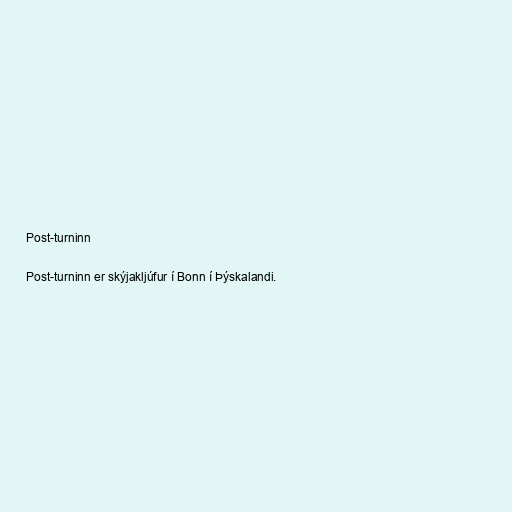
Post-turninn

Post-turninn er skýjakljúfur í Bonn í Þýskalandi.